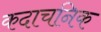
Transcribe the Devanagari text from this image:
कदाचनिक